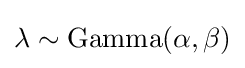
\lambda \sim {\text{Gamma}}(\alpha ,\beta )